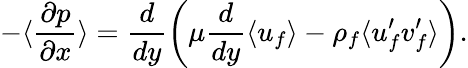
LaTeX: -\langle\frac{\partial p}{\partial x}\rangle=\frac{d}{dy}\left(\mu\frac{d}{dy}\langle u_{f}\rangle-\rho_{f}\langle u_{f}^{\prime}v_{f}^{\prime}\rangle\right).